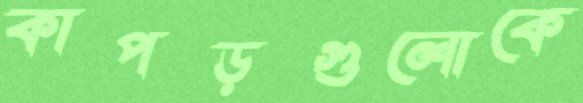
কাপড়গুলোকে